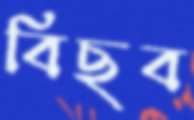
বিছব